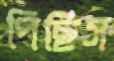
পিছিস